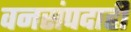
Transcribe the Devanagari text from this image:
वनसंपदाही